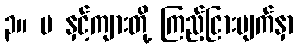
၃။ မ နှင့်ကျားတို့ ကြည့်ငြားမျက်နှာ